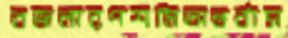
বজলারপশমিঅন্তর্বাস